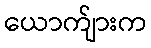
ယောက်ျားက